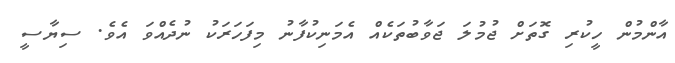
އާންމުން ހީކުރި ގޮތަށް ޖުމުލަ ޖަވާބުތަކެއް އެމަނިކުފާނު މިފަހަރަކު ނުދެއްވަ އެވެ. ސިޔާސީ